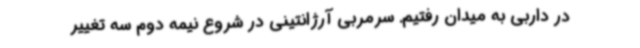
در داربی به میدان رفتیم. سرمربی آرژانتینی در شروع نیمه دوم سه تغییر